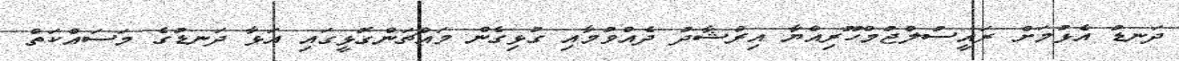
ދަނޑު އެޅުމަށް ރައީސުލްޖުމްހޫރިއްޔާ އިރްޝާދު ދެއްވުމާއި ގުޅިގެން މައްޗަންގޮޅީގައި އަޅާ ދަނޑުގެ މަސައްކަތް